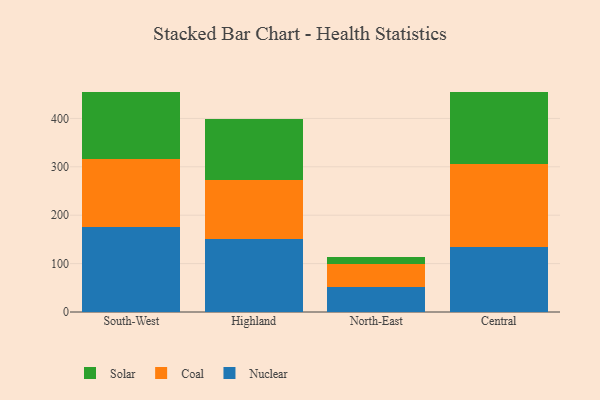
{"axis": {"x": "Region", "y": "Net Income (USD K)"}, "legend": ["Coal", "Nuclear", "Solar"], "data": [{"x": "South-West", "y": 175.3, "type": "Nuclear"}, {"x": "South-West", "y": 139.9, "type": "Coal"}, {"x": "South-West", "y": 139.3, "type": "Solar"}, {"x": "Highland", "y": 150.6, "type": "Nuclear"}, {"x": "Highland", "y": 123.0, "type": "Coal"}, {"x": "Highland", "y": 125.9, "type": "Solar"}, {"x": "North-East", "y": 51.1, "type": "Nuclear"}, {"x": "North-East", "y": 49.1, "type": "Coal"}, {"x": "North-East", "y": 12.6, "type": "Solar"}, {"x": "Central", "y": 133.6, "type": "Nuclear"}, {"x": "Central", "y": 172.8, "type": "Coal"}, {"x": "Central", "y": 149.0, "type": "Solar"}]}